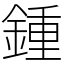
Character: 鍾